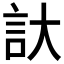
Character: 𮗹